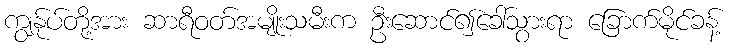
ကျွန်ုပ်တို့အား ဆာရီဝတ်အမျိုးသမီးက ဦးဆောင်၍ခေါ်သွားရာ ခြောက်မိုင်ခန့်